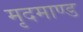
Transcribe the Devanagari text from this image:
मृदमाण्ड